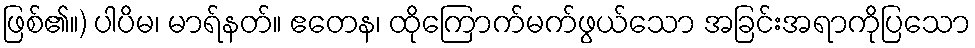
ဖြစ်၏။) ပါပိမ၊ မာရ်နတ်။ ဧတေန၊ ထိုကြောက်မက်ဖွယ်သော အခြင်းအရာကိုပြသော